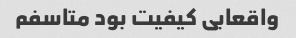
واقعابی کیفیت بود متاسفم